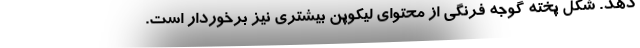
دهد. شکل پخته گوجه فرنگی از محتوای لیکوپن بیشتری نیز برخوردار است.